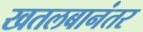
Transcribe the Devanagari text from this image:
खतलबानंतर